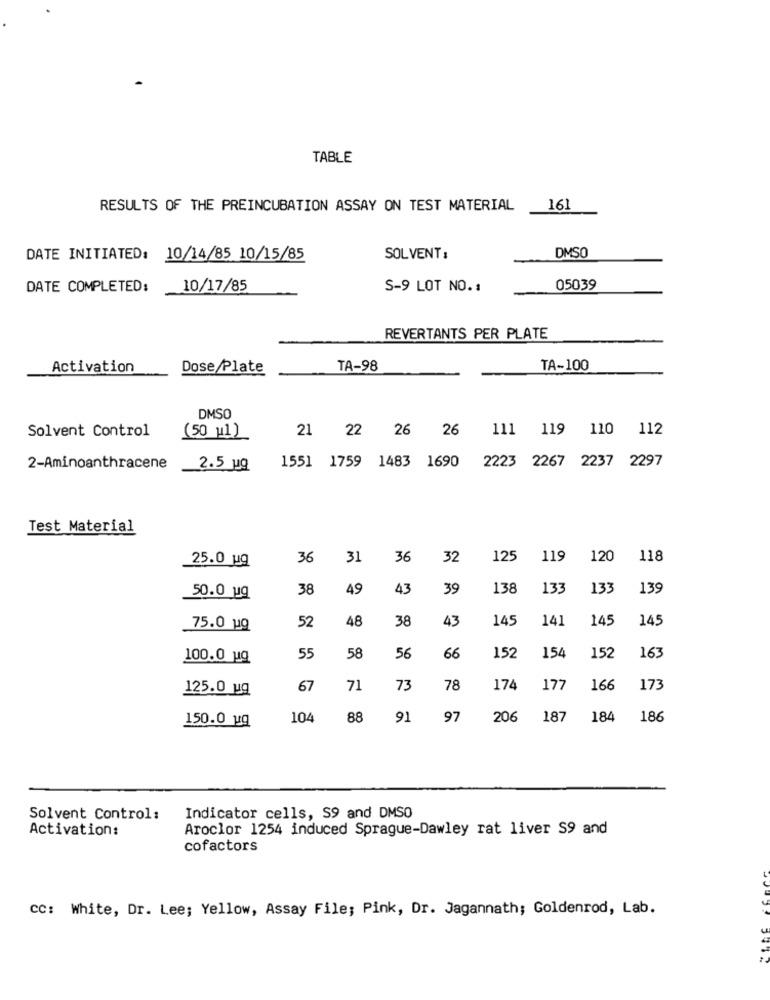
TABLE
RESULTS OF THE PREINCUBATION ASSAY ON TEST MATERIAL
161
DMSO
DATE INITIATED: 10/14/85 10/15/85
SOL VENT:
DATE COMPLETED:
10/17/85
S-9 LOT NO .:
05039
REVERTANTS PER PLATE
Activation
Dose Plate
TA-98
TA-100
DMSO
Solvent Control
21 22
26 26
111 119 110 112
(50 11)
1551 1759 1483 1690 2223 2267 2237 2297
2-Aminoanthracene
2.5 ug
Test Material
25.0 uQ
36
31
36
32
125
119
120
118
38
49
43
39
138
133
133
139
50.0 ug
48
38
43
145
141
145
145
75.0 uQ
52
163
100.0 uq
55
58
56
66
152
154
152
125.0 uq
67
71
73
78
174
177
166
173
150.0 uq
104
88
91
97
206
187
184
186
Solvent Control:
Indicator cells, S9 and DMSO
Activation:
Aroclor 1254 induced Sprague-Dawley rat liver S9 and
cofactors
CC: White, Dr. Lee; Yellow, Assay File; Pink, Dr. Jagannath; Goldenrod, Lab.